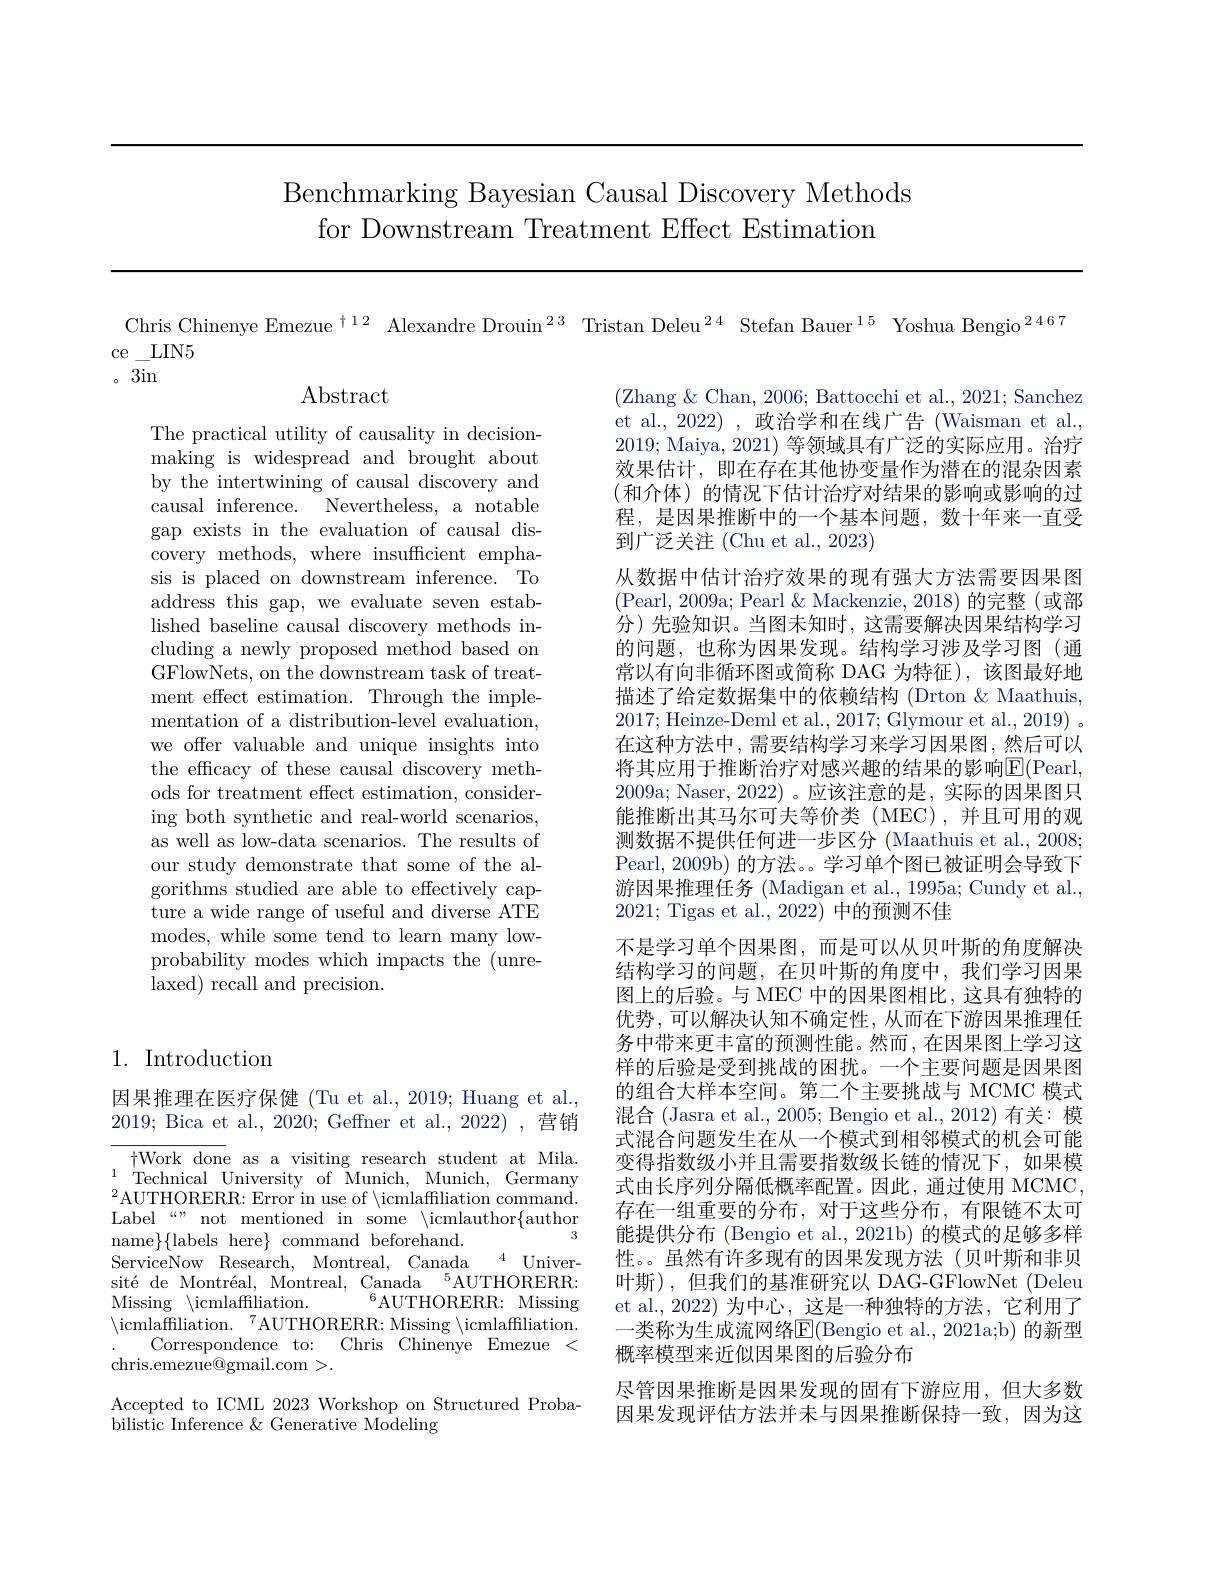
Benchmarking Bayesian Causal Discovery Methods
for Downstream Treatment Effect Estimation

Chris Chinenye Emezue $^{\text{t}12}$ Alexandre Drouin$^{23}$ Tristan Deleu$^{24}$ Stefan Bauer$^{15}$ Yoshua Bengio$^{2467}$

ce\_LIN5

。3in

$\operatorname{Abstract}$

The practical utility of causality in decisionmaking is widespread and brought about by the intertwining of causal discovery and causal inference. Nevertheless, a notable gap exists in the evaluation of causal discovery methods, where insufficient emphasis is placed on downstream inference. To address this gap, we evaluate seven established baseline causal discovery methods including a newly proposed method based on GFlowNets, on the downstream task of treatment effect estimation. Through the implementation of a distribution-level evaluation, we offer valuable and unique insights into the efficacy of these causal discovery methods for treatment effect estimation, considering both synthetic and real-world scenarios, as well as low-data scenarios. The results of our study demonstrate that some of the algorithms studied are able to effectively capture a wide range of useful and diverse ATE modes, while some tend to learn many lowprobability modes which impacts the (unrelaxed) recall and precision.

(Zhang & Chan, 2006; Battocchi et al., 2021; Sanchez et al., 2022) , 政治学和在线广告 (Waisman et al., 2019; Maiya, 2021) 等领域具有广泛的实际应用。治疗效果估计，即在存在其他协变量作为潜在的混杂因素(和介体)的情况下估计治疗对结果的影响或影响的过程，是因果推断中的一个基本问题，数十年来一直受到广泛关注 (Chu et al., 2023)
从数据中估计治疗效果的现有强大方法需要因果图(Pearl, 2009a; Pearl & Mackenzie, 2018) 的完整 (或部分)先验知识。当图未知时，这需要解决因果结构学习的问题，也称为因果发现。结构学习涉及学习图(通常以有向非循环图或简称 DAG 为特征),该图最好地描述了给定数据集中的依赖结构 (Drton &Maathuis, 2017;Heinze-Deml et al., 2017; Glymour et al., 2019) 。在这种方法中，需要结构学习来学习因果图，然后可以将其应用于推断治疗对感兴趣的结果的影响$\overline{\mathrm{E}}($Pearl, 2009a; Naser, 2022)。应该注意的是，实际的因果图只能推断出其马尔可夫等价类(MEC),并且可用的观测数据不提供任何进一步区分 (Maathuis et al., 2008; Pearl, 2009b) 的方法。。学习单个图已被证明会导致下游因果推理任务 (Madigan et al., 1995a; Cundy et al., 2021; Tigas et al., 2022) 中的预测不佳
不是学习单个因果图，而是可以从贝叶斯的角度解决结构学习的问题，在贝叶斯的角度中，我们学习因果图上的后验。与 MEC 中的因果图相比，这具有独特的优势，可以解决认知不确定性，从而在下游因果推理任务中带来更丰富的预测性能。然而，在因果图上学习这样的后验是受到挑战的困扰。一个主要问题是因果图的组合大样本空间。第二个主要挑战与 MCMC 模式混合 (Jasra et al., 2005; Bengio et al., 2012) 有关：模式混合问题发生在从一个模式到相邻模式的机会可能变得指数级小并且需要指数级长链的情况下，如果模式由长序列分隔低概率配置。因此，通过使用 MCMC, 存在一组重要的分布，对于这些分布，有限链不太可能提供分布 (Bengio et al., 2021b) 的模式的足够多样性。。虽然有许多现有的因果发现方法(贝叶斯和非贝叶斯),但我们的基准研究以 DAG-GFlowNet (Deleu et al., 2022) 为中心，这是一种独特的方法，它利用了一类称为生成流网络E$( Bengio et al. , 2021a; b) 的 新 型$ 概率模型来近似因果图的后验分布
尽管因果推断是因果发现的固有下游应用，但大多数因果发现评估方法并未与因果推断保持一致，因为这

## 1. Introduction

因果推理在医疗保健 (Tu et al., 2019; Huang et al., 2019; Bica et al., 2020; Geffner et al., 2022) , 营销

$\dagger$Work done as a visiting research student at Mila. $\begin{array}{cc}{1}&{\mathrm{Technical~University~of~Munich,~Munich,~Germany}}\\{2}&{\mathrm{Technical~University~of~Munich,~Munich,~Germany}}\\{2}&{\mathrm{Technical~University~of~Munich,~Munnich,~Germany}}\end{array}$ $^{2}$AUTHORERR: Error in use of $\backslash$icmlaffiliation command. Label “” not mentioned in some $\backslash$icmlauthor$\{$author
3
name$\}\{$labels here$\}$ command beforehand.
4 Univer-
ServiceNow Research, Montreal, Canada
sité de Montréal, Montreal, Canada $^5$AUTHORERR:
$^{6}$AUTHORERR: Missing
Missing \icmlaffiliation.
Correspondence to: Chris Chinenye Emezue <
chris.emezue@gmail.com>.

Accepted to ICML 2023 Workshop on Structured Proba-
bilistic Inference & Generative Modeling